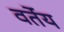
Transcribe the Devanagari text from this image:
वर्तेय